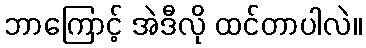
ဘာကြောင့် အဲဒီလို ထင်တာပါလဲ။